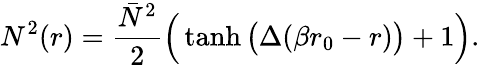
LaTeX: N^{2}(r)=\frac{\bar{N}^{2}}{2}\Big(\operatorname{tanh}\big(\Delta(\beta r_{0}-r)\big)+1\Big).